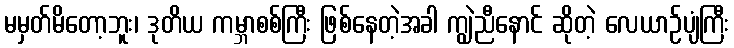
မမှတ်မိတော့ဘူး၊ ဒုတိယ ကမ္ဘာစစ်ကြီး ဖြစ်နေတဲ့အခါ ကျွဲညီနောင် ဆိုတဲ့ လေယာဉ်ပျံကြီး